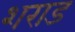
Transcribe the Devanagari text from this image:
शराड